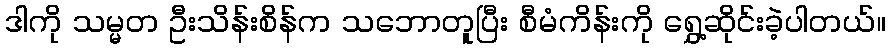
ဒါကို သမ္မတ ဦးသိန်းစိန်က သဘောတူပြီး စီမံကိန်းကို ရွှေ့ဆိုင်းခဲ့ပါတယ်။